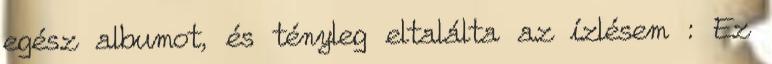
egész albumot, és tényleg eltalálta az ízlésem : Ez